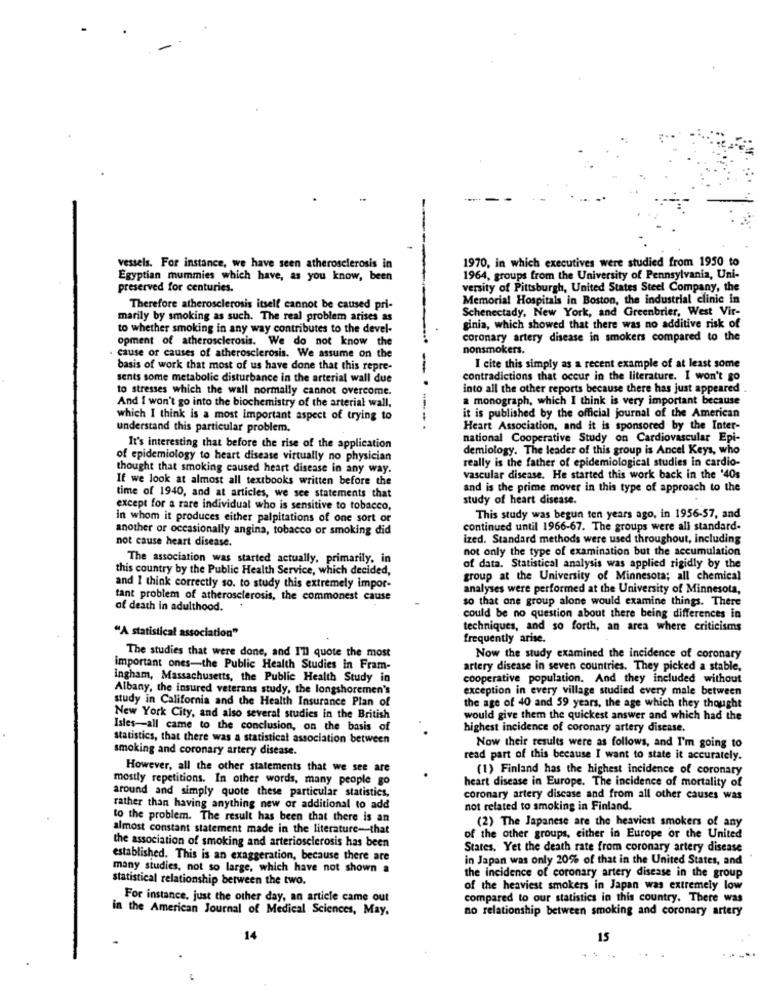
1970, in which executives were studied from 1950 to
vessels. For instance, we have seen atherosclerosis in
Egyptian mummies which have, as you know, been
1964, groups from the University of Pennsylvania, Uni-
preserved for centuries.
versity of Pittsburgh, United States Steel Company, the
Memorial Hospitals in Boston, the industrial clinic in
Therefore atherosclerosis itself cannot be caused pri-
Schenectady. New York, and Greenbrier, West Vir-
marily by smoking as such. The real problem arises as
to whether smoking in any way contributes to the devel-
ginia, which showed that there was no additive risk of
opment of atherosclerosis. We do not know the
coronary artery disease in smokers compared to the
nonsmokers.
cause of causes of atherosclerosis. We assume on the
basis of work that most of us have done that this repre-
--
I cite this simply as a recent example of at least some
sents some metabolic disturbance in the arterial wall due
contradictions that occur in the literature. I won't go
to stresses which the wall normally cannot overcome.
into all the other reports because there has just appeared
And I won't go into the biochemistry of the arterial wall,
a monograph, which I think is very important because
which I think is a most important aspect of trying to
it is published by the official journal of the American
understand this particular problem.
Heart Association, and it is sponsored by the Inter-
national Cooperative Study on Cardiovascular Epi-
It's interesting that before the rise of the application
demiology. The leader of this group is Ancel Keys, who
of epidemiology to heart disease virtually no physician
really is the father of epidemiological studies in cardio-
thought that smoking caused heart disease in any way.
If we look at almost all textbooks written before the
vascular disease. He started this work back in the '40s
and is the prime mover in this type of approach to the
time of 1940, and at articles, we see statements that
study of heart disease.
except for a rare individual who is sensitive to tobacco,
in whom it produces either palpitations of one sort or
This study was begun ten years ago, in 1956-57, and
another or occasionally angina, tobacco or smoking did
continued until 1966-67. The groups were all standard-
not cause heart disease.
ized. Standard methods were used throughout, including
not only the type of examination but the accumulation
The association was started actually, primarily, in
this country by the Public Health Service, which decided,
of data. Statistical analysis was applied rigidly by the
group at the University of Minnesota; all chemical
and I think correctly so. to study this extremely impor-
analyses were performed at the University of Minnesota,
tant problem of atherosclerosis, the commonest cause
so that one group alone would examine things. There
of death in adulthood.
could be no question about there being differences in
"A statistical association"
techniques, and so forth, an area where criticisms
frequently arise.
The studies that were done, and I'll quote the most
Now the study examined the incidence of coronary
important ones-the Public Health Studies in Fram-
artery disease in seven countries. They picked a stable,
ingham, Massachusetts, the Public Health Study in
cooperative population. And they included without
Albany, the insured veterans study, the longshoremen's
exception in every village studied every male between
study in California and the Health Insurance Plan of
the age of 40 and 59 years, the age which they thought
New York City, and also several studies in the British
would give them the quickest answer and which had the
Isles-all came to the conclusion, on the basis of
highest incidence of coronary artery disease.
statistics, that there was a statistical association between
smoking and coronary artery disease.
Now their results were as follows, and I'm going to
read part of this because I want to state it accurately.
However, all the other statements that we see are
(1) Finland has the highest incidence of coronary
mostly repetitions. In other words, many people go
heart disease in Europe. The incidence of mortality of
around and simply quote these particular statistics,
coronary artery disease and from all other causes was
rather than having anything new or additional to add
not related to smoking in Finland.
to the problem. The result has been that there is an
almost constant statement made in the literature-that
(2) The Japanese are the heaviest smokers of any
of the other groups, either in Europe or the United
the association of smoking and arteriosclerosis has been
States. Yet the death rate from coronary artery disease
established. This is an exaggeration, because there are
in Japan was only 20% of that in the United States, and
many studies, not so large, which have not shown a
the incidence of coronary artery disease in the group
statistical relationship between the two.
of the heaviest smokers in Japan was extremely low
For instance, just the other day, an article came out
compared to our statistics in this country. There was
in the American Journal of Medical Sciences, May,
no relationship between smoking and coronary artery
14
15